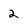
Character: 2